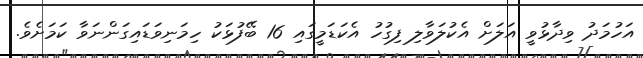
އަހުމަދު ވިދާޅުވީ އަލަށް އެކުލަވާލި ފިގުހު އެކަޑަމީގައި 16 ބޭފުޅަކު ހިމަނިވަޑައިގަންނަވާ ކަމަށެވެ.